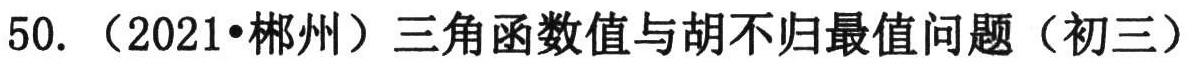
50.（2021•郴州）三角函数值与胡不归最值问题（初三）